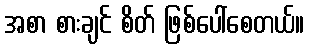
အစာ စားချင် စိတ် ဖြစ်ပေါ်စေတယ်။